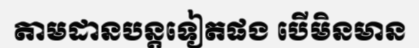
តាមដានបន្តទៀតផង បើមិនមាន